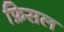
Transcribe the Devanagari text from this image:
फ़िसल